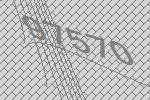
97570